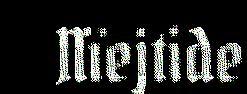
Nïejtide